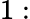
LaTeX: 1: